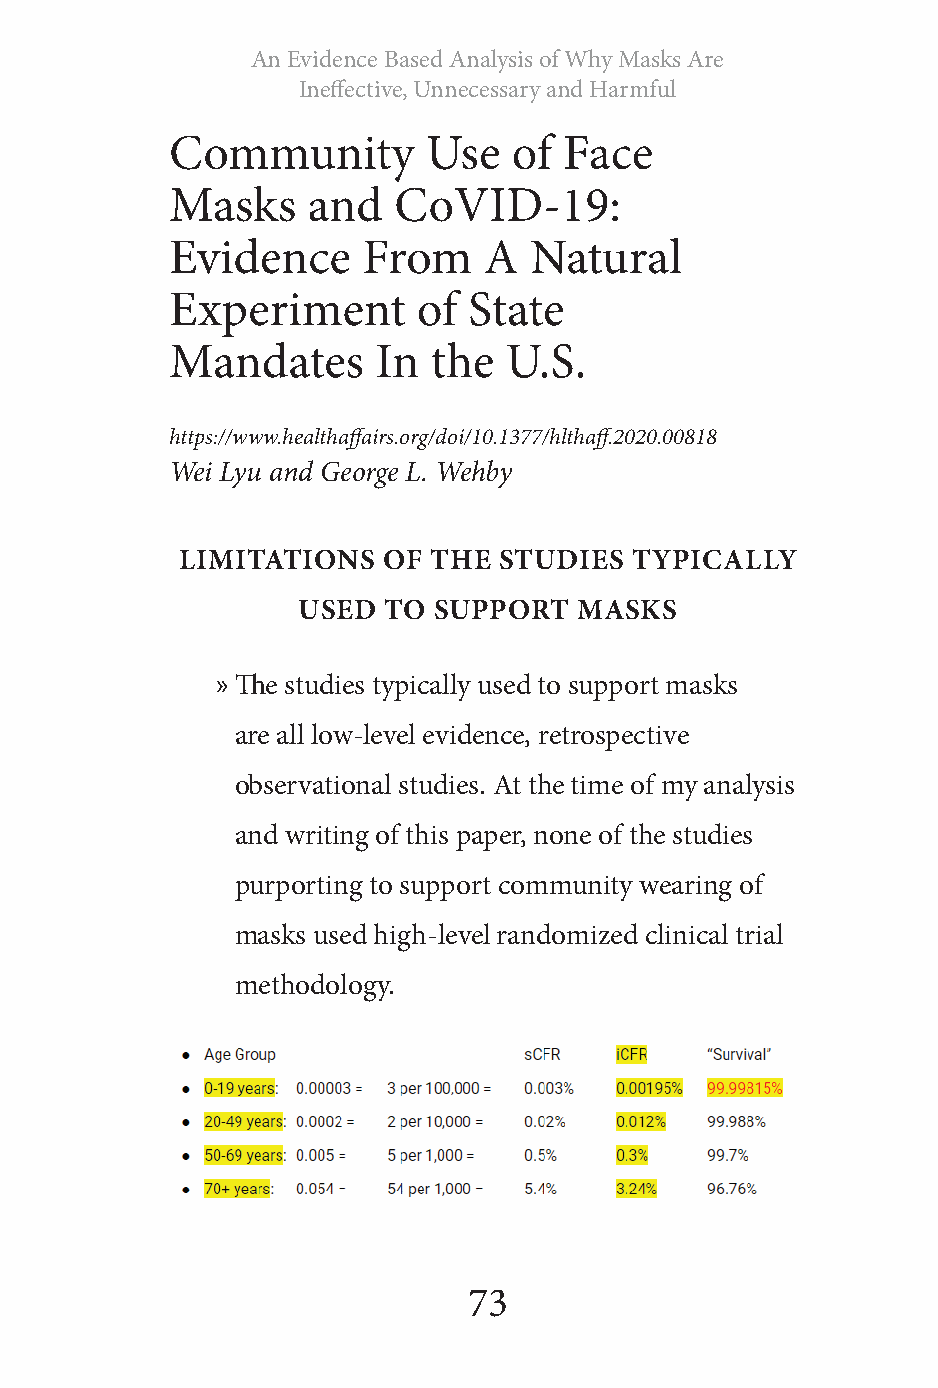
An Evidence Based Analysis of Why Masks Are
 Ineff ective, Unnecessary and Harmful
 Community        Use   of Face
 Masks    and   CoVID-19:
 Evidence     From    A  Natural
 Experiment       of State
 Mandates      In  the U.S.
 https://www.healthaff airs.org/doi/10.1377/hlthaff .2020.00818
 Wei Lyu and George L. Wehby
 LIMITATIONS  OF  THE STUDIES  TYPICALLY
 USED TO  SUPPORT  MASKS
 » Th e studies typically used to support masks
 are all low-level evidence, retrospective
 observational studies. At the time of my analysis
 and writing of this paper, none of the studies
 purporting to support community wearing of
 masks used high-level randomized clinical trial
 methodology.
 73